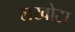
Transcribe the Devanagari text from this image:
लखोटा